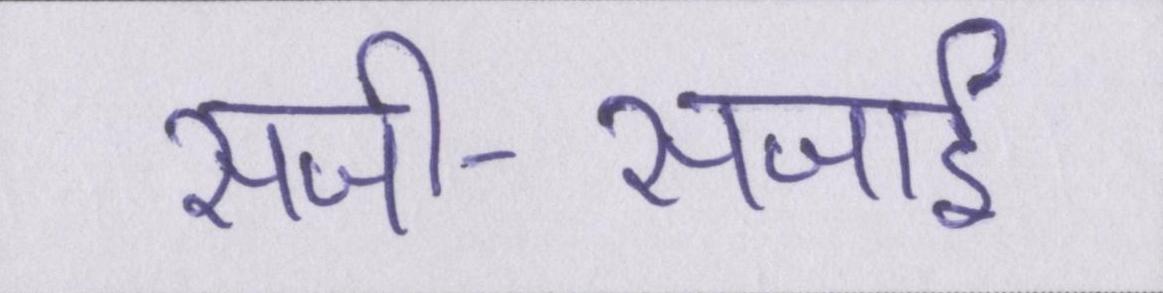
सजी-सजाई